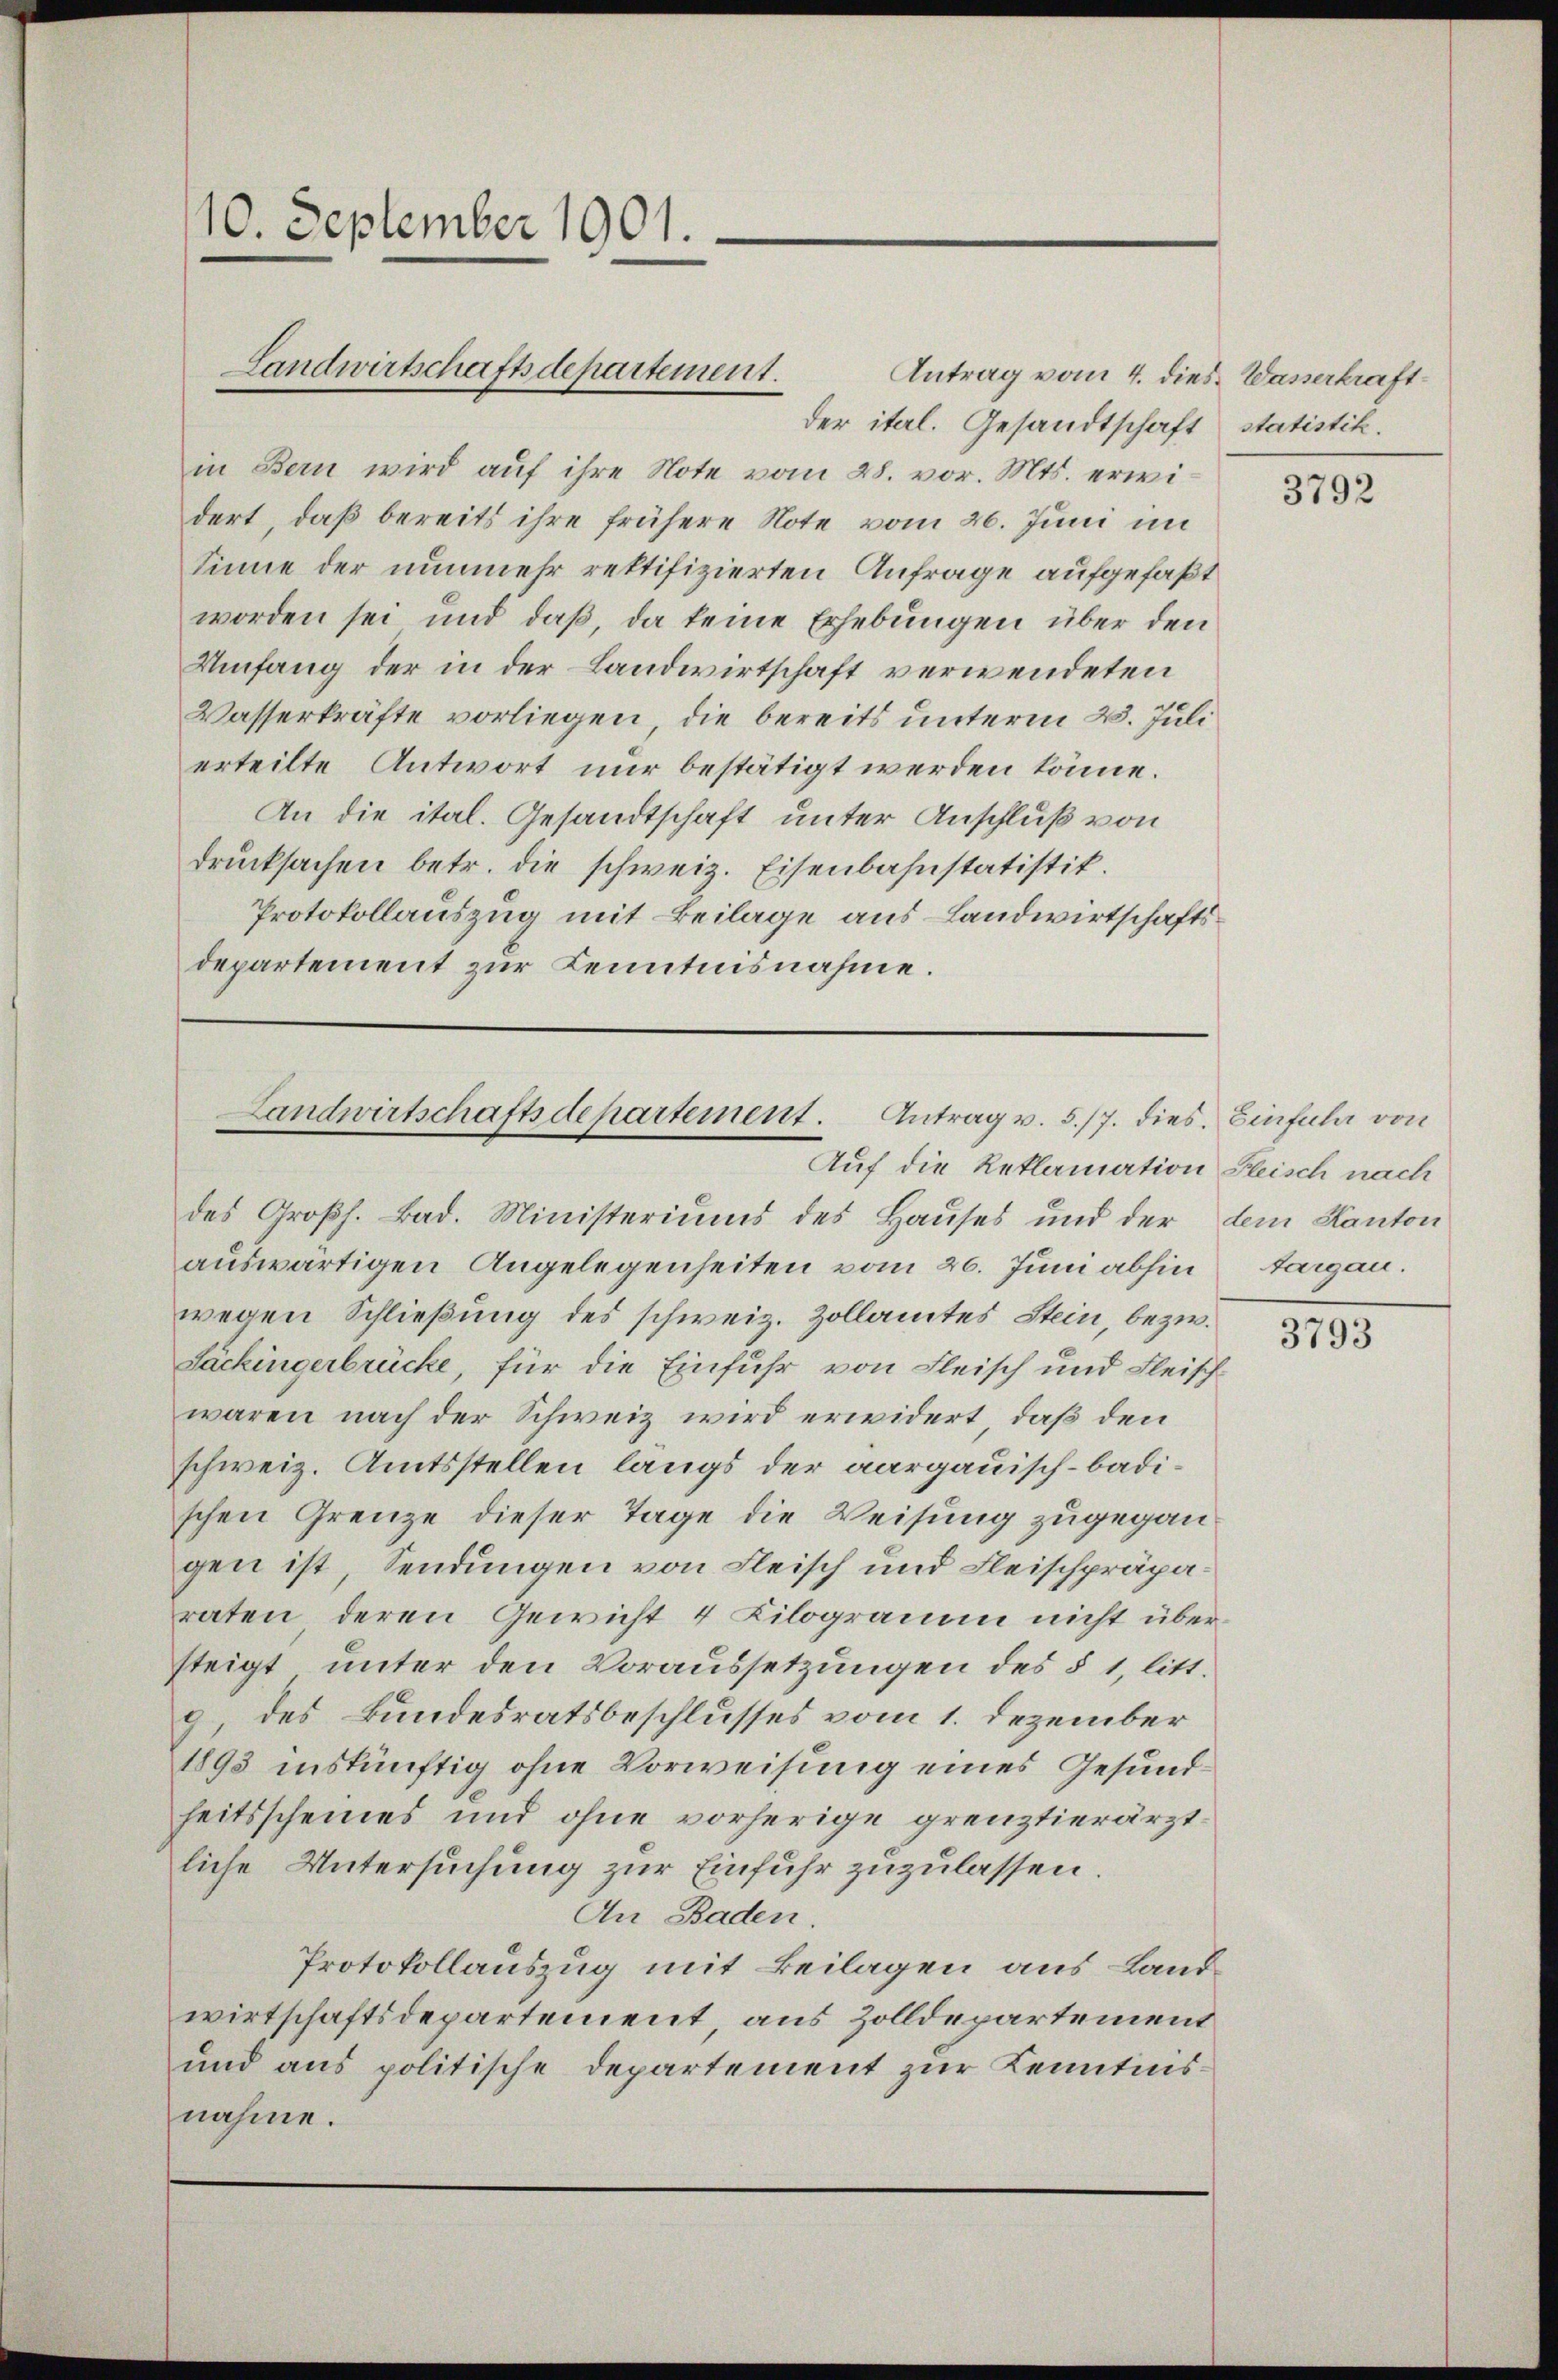
10. September 1901.

Landwirtschaftsdepartement.

Landwirtschaftsdepartement. Antrag v. 5. 17. dies Einfula von
Auf die Reklamation Fleisch nach

Antrag vom 4. dies Wasserkraftder ital. Gesandtschaft
in Bern wird auf ihre Note vom 28. vor. Mts. erwidert, daß bereits ihre frühere Note vom 26. Juni im
Sinne der nunmehr rektifizierten Anfrage aufgefaßt
worden sei und daß, da keine Erhebungen über den
Umfang der in der Landwirtschaft verwendeten
Wasserkräfte vorliegen, die bereits unterm 23. Juli
erteilte Antwort nur bestätigt werden könne.
An die ital. Gesandtschaft unter Anschluß von
drŭcksachen betr. die schweiz. Eisenbahnstatistik.
Protokollauszug mit Beilage aus Landwirtschaftsdepartement zur Kenntnisnahme.

des Großh. Bad. Ministeriums des Hauses und der dem Kanton
auswärtigen Angelegenheiten vom 26. Juni abhin
wegen Schließung des schweiz. Zollamtes Stein, bezw.
Säckingerbrücke, für die Einfuhr von Fleisch und Fleischwaren nach der Schweiz wird erwidert, daß den
schweiz. Amtsstellen längs der aargauisch-badischen Grenze dieser Tage die Weisung zugegangen ist, Sendungen von Fleisch und Fleischpräparaten deren Gewicht 4 Kilogramm nicht übersteigt, unter den Voraussetzungen des § 1, litt.
9, des Bundesratsbeschlusses vom 1. Dezember
1895 inskünftig ohne Vorweisung eines Gesundheitsscheines und ohne vorherige grenztierärztliche Untersuchung zur Einfuhr zuzulassen.
An Baden.
Protokollauszug mit Beilagen aus Landwirtschaftsdepartement aus Zolldepartement
und aus politische Departement zur Kenntnisnahme.

statistik.

3792

Aargau.

3793